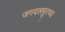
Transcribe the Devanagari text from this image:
जगदलपूरच्या